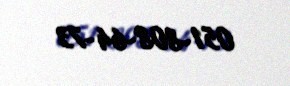
051-808-64-73